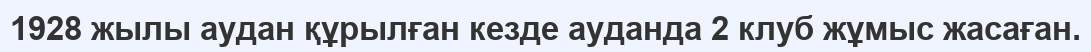
1928 жылы аудан құрылған кезде ауданда 2 клуб жұмыс жасаған.